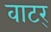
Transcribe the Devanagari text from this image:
वाटर्